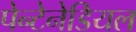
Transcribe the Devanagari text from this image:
पेन्टेनेडियल